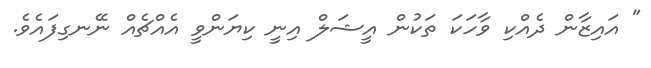
" އައިޒާން ދެއްކި ވާހަކަ ތަކުން އީޝަލް އިނީ ކިޔަންވީ އެއްޗެއް ނޭނގިފައެވެ.